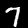
Label: 7